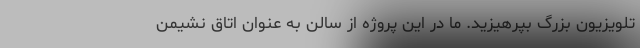
تلویزیون بزرگ بپرهیزید. ما در این پروژه از سالن به عنوان اتاق نشیمن